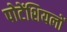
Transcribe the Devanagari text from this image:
पोटेंशियलों